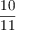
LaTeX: \frac { 1 0 } { 1 1 }